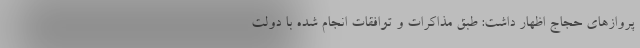
پروازهای حجاج اظهار داشت: طبق مذاکرات و توافقات انجام شده با دولت